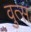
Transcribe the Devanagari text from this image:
वुत्स